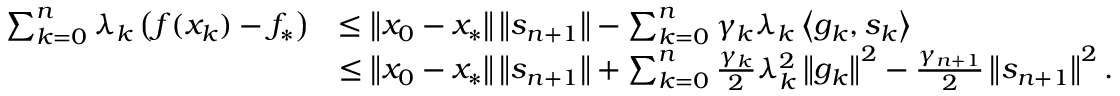
\begin{array} { r l } { \sum _ { k = 0 } ^ { n } \lambda _ { k } \left( f ( x _ { k } ) - f _ { * } \right) } & { \leq \left\Vert x _ { 0 } - x _ { * } \right\Vert \left\Vert s _ { n + 1 } \right\Vert - \sum _ { k = 0 } ^ { n } \gamma _ { k } \lambda _ { k } \left\langle g _ { k } , s _ { k } \right\rangle } \\ & { \leq \left\Vert x _ { 0 } - x _ { * } \right\Vert \left\Vert s _ { n + 1 } \right\Vert + \sum _ { k = 0 } ^ { n } \frac { \gamma _ { k } } { 2 } \lambda _ { k } ^ { 2 } \left\Vert g _ { k } \right\Vert ^ { 2 } - \frac { \gamma _ { n + 1 } } { 2 } \left\Vert s _ { n + 1 } \right\Vert ^ { 2 } . } \end{array}